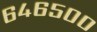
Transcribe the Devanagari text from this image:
६४६५००